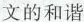
文的和谐